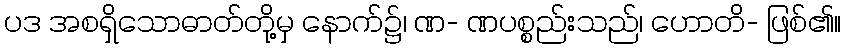
ပဒ အစရှိသောဓာတ်တို့မှ နောက်၌၊ ဏ- ဏပစ္စည်းသည်၊ ဟောတိ- ဖြစ်၏။